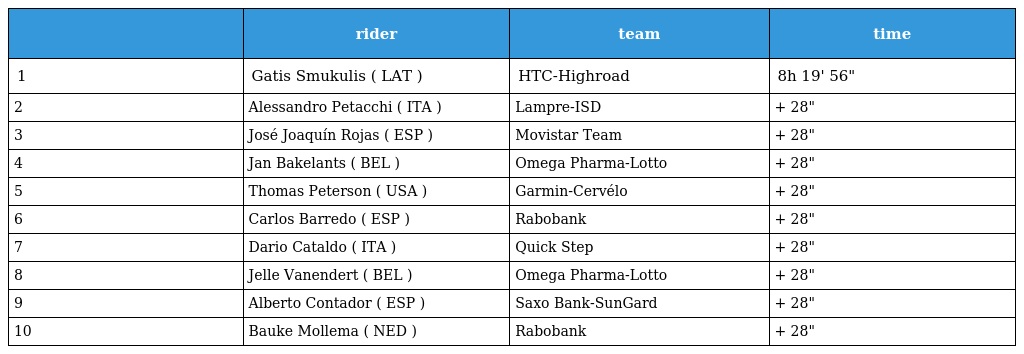
|  | rider | team | time |
 | --- | --- | --- | --- |
 | 1 | Gatis Smukulis ( LAT ) | HTC-Highroad | 8h 19' 56" |
 | 2 | Alessandro Petacchi ( ITA ) | Lampre-ISD | + 28" |
 | 3 | José Joaquín Rojas ( ESP ) | Movistar Team | + 28" |
 | 4 | Jan Bakelants ( BEL ) | Omega Pharma-Lotto | + 28" |
 | 5 | Thomas Peterson ( USA ) | Garmin-Cervélo | + 28" |
 | 6 | Carlos Barredo ( ESP ) | Rabobank | + 28" |
 | 7 | Dario Cataldo ( ITA ) | Quick Step | + 28" |
 | 8 | Jelle Vanendert ( BEL ) | Omega Pharma-Lotto | + 28" |
 | 9 | Alberto Contador ( ESP ) | Saxo Bank-SunGard | + 28" |
 | 10 | Bauke Mollema ( NED ) | Rabobank | + 28" |